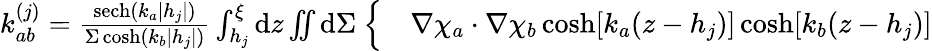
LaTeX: \begin{array}{rl}{\mathcal{k}_{ab}^{(j)}=\frac{\mathrm{sech}(k_{a}|h_{j}|)}{\Sigma\cosh(k_{b}|h_{j}|)}\int_{h_{j}}^{\xi}\mathrm{d}z\iint\mathrm{d}\Sigma~\Bigl\{ }&{{}\nabla\chi_{a}\cdot\nabla\chi_{b}\cosh[k_{a}(z-h_{j})]\cosh[k_{b}(z-h_{j})]}\end{array}